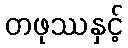
တဖုဿနှင့်